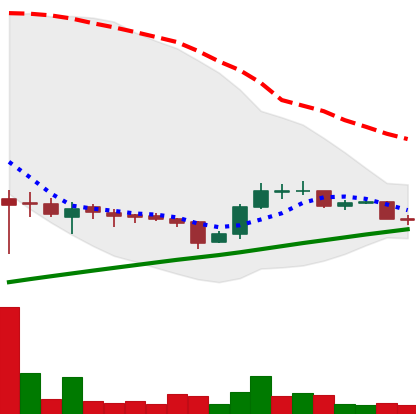
Ticker: LTC-USD
Chart end date: 2015-09-13
Forward return: 5.008%
Label: up_5_7